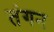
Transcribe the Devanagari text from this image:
तंगन